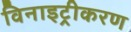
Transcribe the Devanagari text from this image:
विनाइट्रीकरण